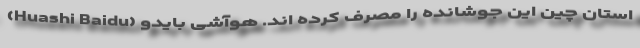
استان چین این جوشانده را مصرف کرده اند. هوآشی بایدو (Huashi Baidu)